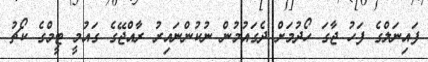
ފައިނަލްގެ ފަހު ޖާގަ ހޯދުމަށް ދެގައުމުން ނުކުންނައިރު ރާއްޖޭގެ ގައުމީ ޓީމްގެ ކޯޗު